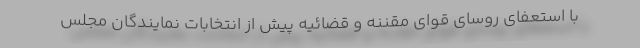
با استعفای روسای قوای مقننه و قضائیه پیش از انتخابات نمایندگان مجلس